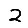
Digit: 2